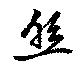
照